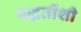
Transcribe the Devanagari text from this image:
पद्धतींशी